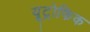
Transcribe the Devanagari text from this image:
यूट्रोफिक